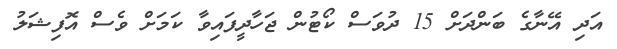
އަދި އޭނާގެ ބަންދަށް 15 ދުވަސް ކޯޓުން ޖަހާދީފައިވާ ކަމަށް ވެސް އޮފިޝަލު